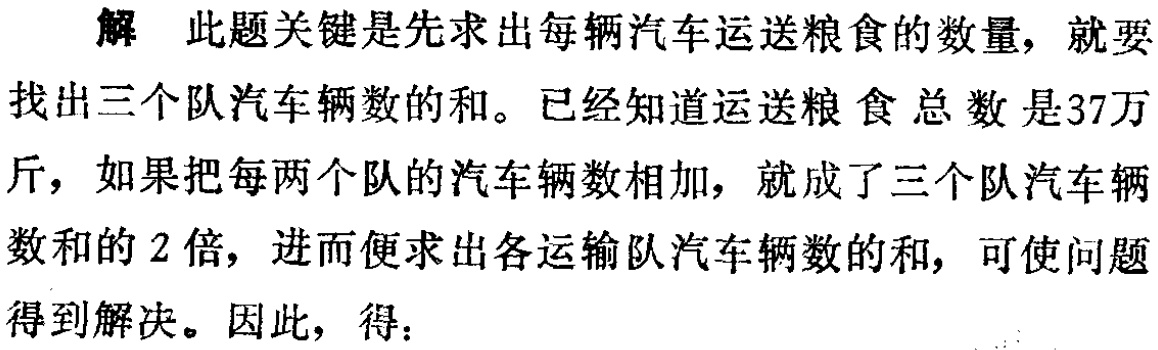
解 此题关键是先求出每辆汽车运送粮食的数量，就要找出三个队汽车辆数的和。已经知道运送粮食总数是37万斤，如果把每两个队的汽车辆数相加，就成了三个队汽车辆数和的2倍，进而便求出各运输队汽车辆数的和，可使问题得到解决。因此，得：